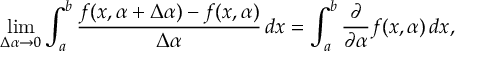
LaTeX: \operatorname* { l i m } _ { \Delta \alpha \to 0 } \int _ { a } ^ { b } { \frac { f ( x , \alpha + \Delta \alpha ) - f ( x , \alpha ) } { \Delta \alpha } } \, d x = \int _ { a } ^ { b } { \frac { \partial } { \partial \alpha } } f ( x , \alpha ) \, d x ,